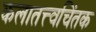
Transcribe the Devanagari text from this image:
कलातत्त्वचिंतक